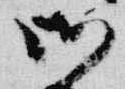
御